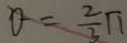
Q = \frac { 2 } { 3 } \pi